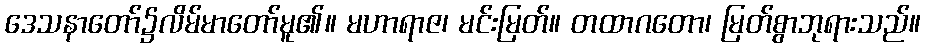
ဒေသနာတော်၌လိမ်မာတော်မူ၏။ မဟာရာဇ၊ မင်းမြတ်။ တထာဂတော၊ မြတ်စွာဘုရားသည်။